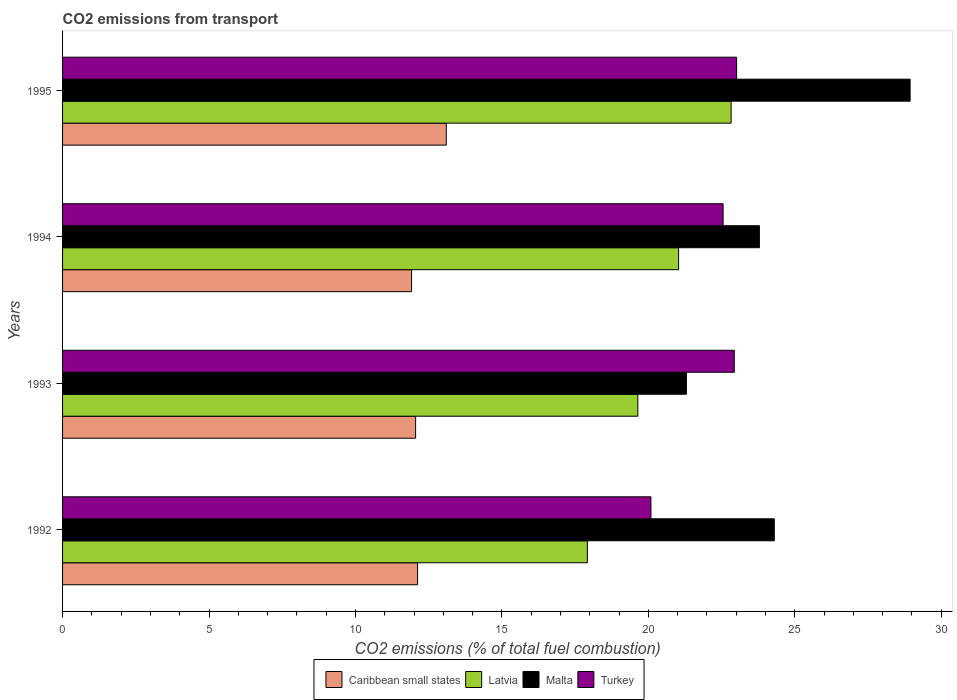
| Years | Caribbean small states | Latvia | Malta | Turkey |
 | --- | --- | --- | --- | --- |
 | 1992 | 12.1 | 17.9 | 24.3 | 20.1 |
 | 1993 | 12.1 | 19.6 | 21.3 | 22.9 |
 | 1994 | 11.9 | 21 | 23.8 | 22.6 |
 | 1995 | 13.1 | 22.8 | 28.9 | 23 |